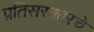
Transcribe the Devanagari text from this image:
प्रतिसरकारचे